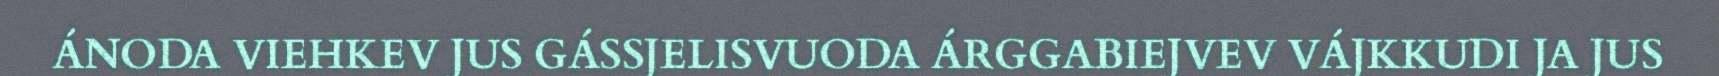
ÁNODA VIEHKEV JUS GÁSSJELISVUODA ÁRGGABIEJVEV VÁJKKUDI JA JUS